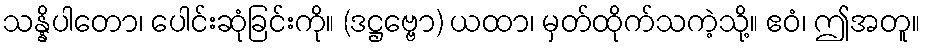
သန္နိပါတော၊ ပေါင်းဆုံခြင်းကို။ (ဒဋ္ဌဗ္ဗော) ယထာ၊ မှတ်ထိုက်သကဲ့သို့။ ဧဝံ၊ ဤအတူ။